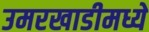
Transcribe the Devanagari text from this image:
उमरखाडीमध्ये